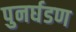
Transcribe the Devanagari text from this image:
पुनर्घडण